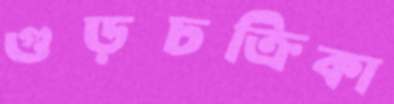
গুড়চক্রিকা